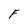
Character: F